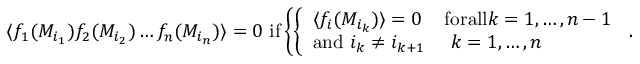
\langle f _ { 1 } ( M _ { i _ { 1 } } ) f _ { 2 } ( M _ { i _ { 2 } } ) \dots f _ { n } ( M _ { i _ { n } } ) \rangle = 0 \ \mathrm { i f } \left\{ \left\{ \begin{array} { l l } { { \langle f _ { i } ( M _ { i _ { k } } ) \rangle = 0 } } & { { \mathrm { f o r a l l } k = 1 , \dots , n - 1 } } \\ { { \mathrm { a n d } \ i _ { k } \neq i _ { k + 1 } } } & { { \ k = 1 , \dots , n } } \end{array} \right. \right. .